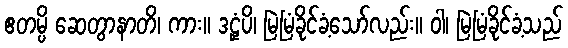
ဧတမ္ပိ ဆေတွာနာတိ၊ ကား။ ဒဠှံပိ၊ မြဲမြံခိုင်ခံ့သော်လည်း။ ဝါ၊ မြဲမြံခိုင်ခံ့သည်